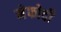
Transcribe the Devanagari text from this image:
मेफोदी